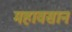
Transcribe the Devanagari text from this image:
महावसान